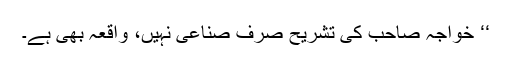
‘‘ خواجہ صاحب کی تشریح صرف صناعی نہیں، واقعہ بھی ہے۔